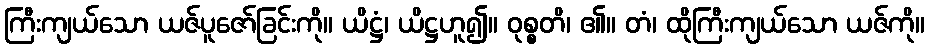
ကြီးကျယ်သော ယဇ်ပူဇော်ခြင်းကို။ ယိဋ္ဌံ၊ ယိဋ္ဌဟူ၍။ ဝုစ္စတိ၊ ၏။ တံ၊ ထိုကြီးကျယ်သော ယဇ်ကို။